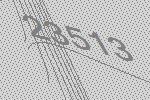
23513